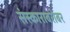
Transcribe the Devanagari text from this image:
संस्काराबरोबर